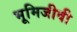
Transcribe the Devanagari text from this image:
भूमिजीवी